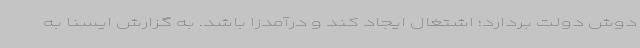
دوش دولت بردارد؛ اشتغال ایجاد کند و درآمدزا باشد. به گزارش ایسنا به